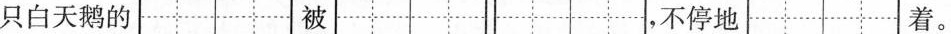
白天鹅，这只白天鹅的 被 不停地 着。